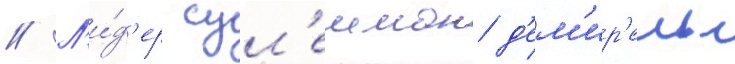
// Л'и́д'ер сул'еиман д'ем'ир'ель